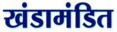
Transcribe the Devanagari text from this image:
खंडामंडित